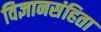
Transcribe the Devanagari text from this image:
विज्ञानसंहिता